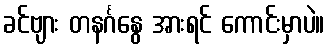
ခင်ဗျား တနင်္ဂနွေ အားရင် ကောင်းမှာပဲ။